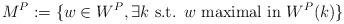
LaTeX: \begin{align*}M^P:=\{w\in W^P, \exists k \textrm{ s.t. }w \textrm{ maximal in }W^P(k)\}\end{align*}